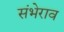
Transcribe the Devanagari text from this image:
संभेराव